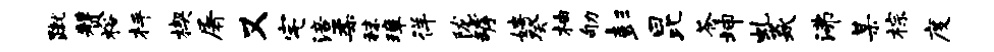
蹴赞裕枰楔屠又宅涪柔秣璋徉陇罅娉癸柚劬彭昆苍坤虬焱沸某棕度